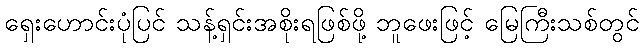
ရှေးဟောင်းပုံပြင် သန့်ရှင်းအစိုးရဖြစ်ဖို့ ဘူဖေးဖြင့် မြေကြီးသစ်တွင်